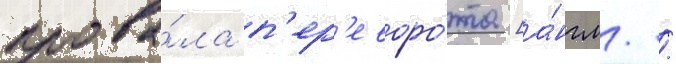
прова́ла п'ер'еворо́та [а́нгл. /